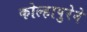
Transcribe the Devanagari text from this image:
कोल्हापुरेने